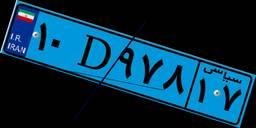
۴۷D۴۳۱۷۸